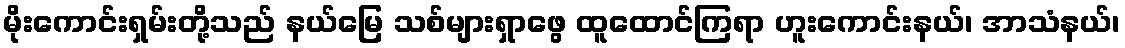
မိုးကောင်းရှမ်းတို့သည် နယ်မြေ သစ်များရှာဖွေ ထူထောင်ကြရာ ဟူးကောင်းနယ်၊ အာသံနယ်၊